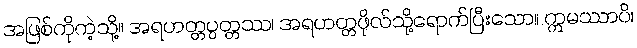
အဖြစ်ကိုကဲ့သို့။ အရဟတ္တပ္ပတ္တဿ၊ အရဟတ္တဖိုလ်သို့ရောက်ပြီးသော။ ဣမဿာပိ၊